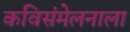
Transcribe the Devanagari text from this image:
कविसंमेलनाला